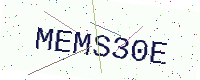
Text: MEMS30E